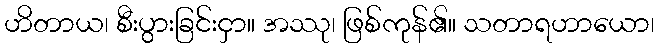
ဟိတာယ၊ စီးပွားခြင်းငှာ။ အဿု၊ ဖြစ်ကုန်၏။ သတာရဟာယော၊